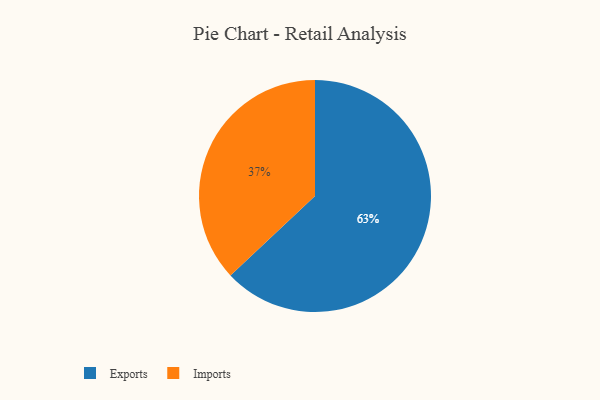
{"axis": {"x": "Category", "y": "Percentage"}, "legend": ["Exports", "Imports"], "data": [{"x": "Exports", "y": 63, "type": "Exports"}, {"x": "Imports", "y": 37, "type": "Imports"}]}